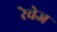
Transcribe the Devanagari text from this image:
रेवेज